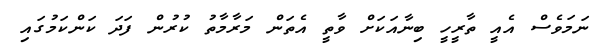
ނަމަވެސް އެއީ ތާރީހީ ބިނާއަކަށް ވާތީ އެތަން މަރާމާތު ކުރުން ފަދަ ކަންކަމުގައި